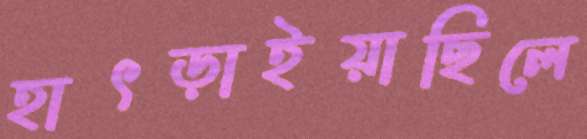
হাৎড়াইয়াছিলে